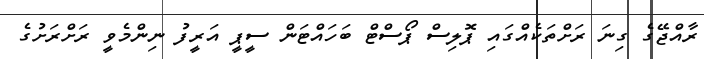
ރާއްޖޭގެ ގިނަ ރަށްތަކެއްގައި ޕޮލިސް ޕޯސްޓް ބަހައްޓަން ސީޕީ އަރީފު ނިންމެވީ ރަށްރަށުގެ